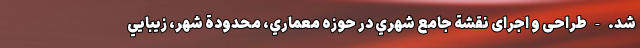
شد. - طراحی و اجرای نقشة جامع شهري در حوزه معماري، محدودة شهر، زيبايي